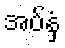
အပ်နှံ